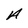
Character: A